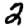
Digit: 2